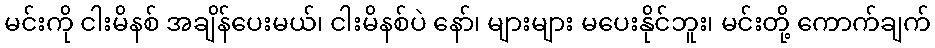
မင်းကို ငါးမိနစ် အချိန်ပေးမယ်၊ ငါးမိနစ်ပဲ နော်၊ များများ မပေးနိုင်ဘူး၊ မင်းတို့ ကောက်ချက်